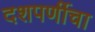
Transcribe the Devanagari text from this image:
दशपर्णीचा